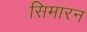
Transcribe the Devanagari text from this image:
सिमारन